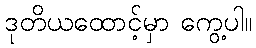
ဒုတိယထောင့်မှာ ကွေ့ပါ။